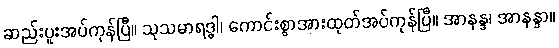
ဆည်းပူးအပ်ကုန်ပြီ။ သုသမာရဒ္ဓါ၊ ကောင်းစွာအားထုတ်အပ်ကုန်ပြီ။ အာနန္ဒ၊ အာနန္ဒာ။